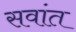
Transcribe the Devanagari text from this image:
सवांत